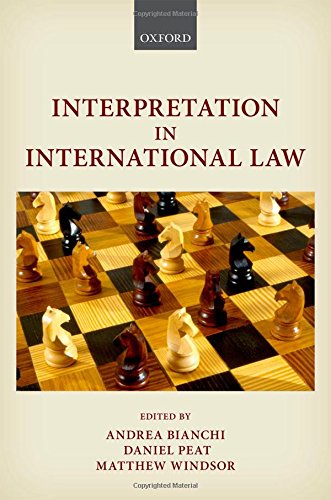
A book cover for Interpretation in International Law; Law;